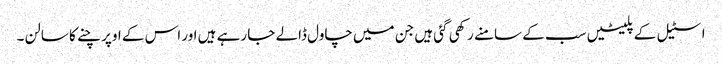
اسٹیل کے پلیٹیں سب کے سامنے رکھی گئی ہیں جن میں چاول ڈالے جا رہے ہیں اور اس کے اوپر چنے کا سالن ۔